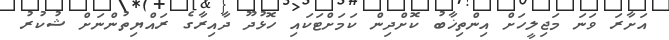
އަށާރަ ވަނަ މަޖިލީހަށް އިންތިޚާބު ކޮށްދިން ކަމަށްޓަކައި ހޮޅުދޫ ދާއިރާގެ ރައްޔިތުންނަށް ޝުކުރު